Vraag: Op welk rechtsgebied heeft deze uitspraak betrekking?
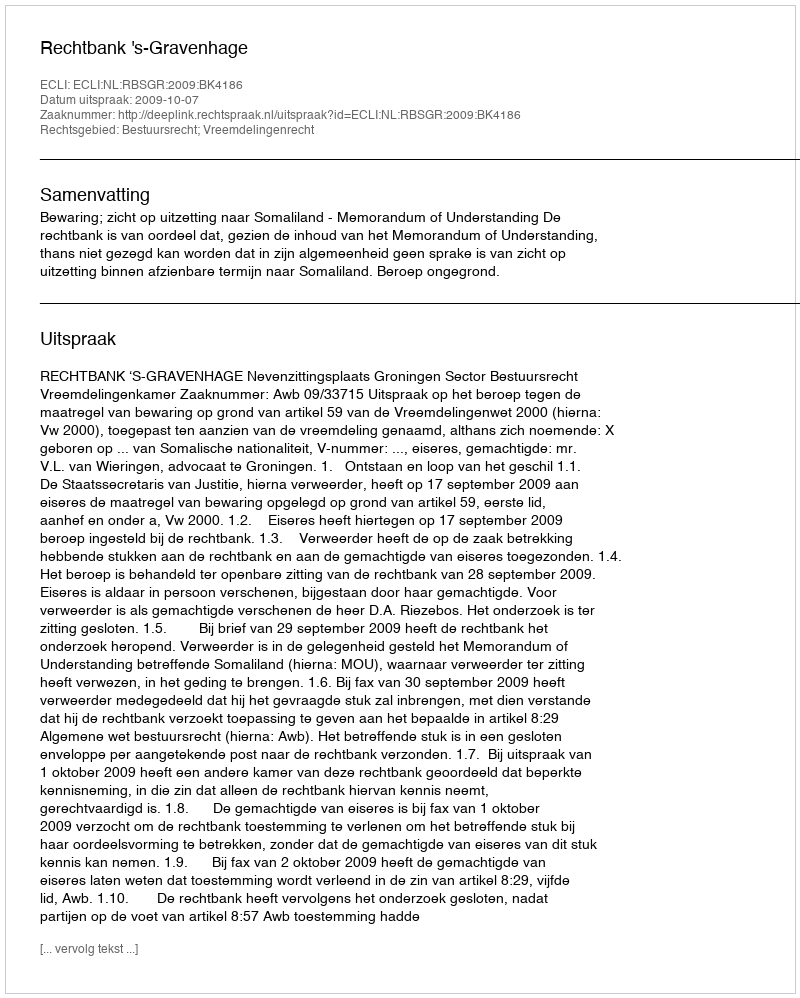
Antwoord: Bestuursrecht; Vreemdelingenrecht